Annual statistical returns and brief notes on vaccination in Bengal - 1887-1898
Year: 1887
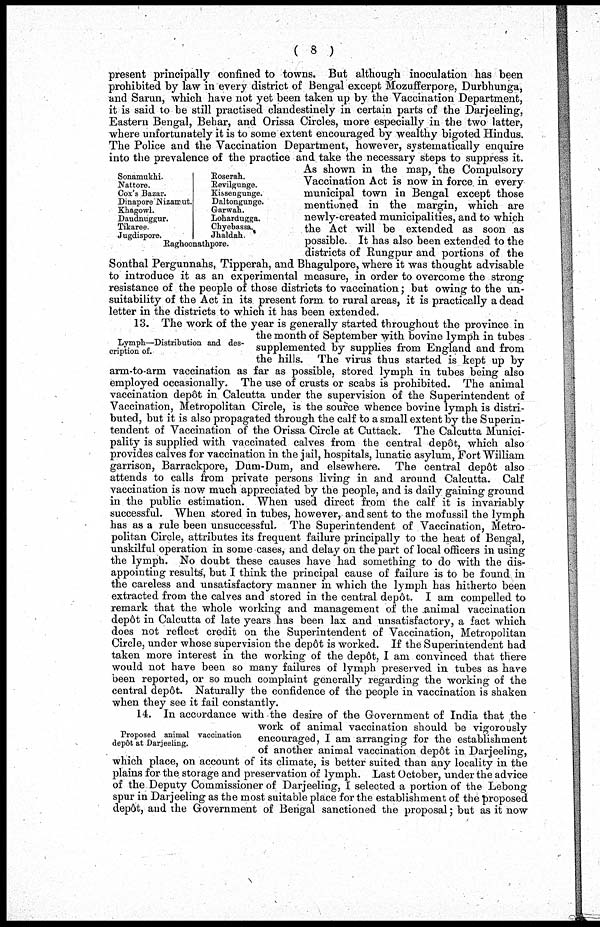
( 8 )
present principally confined to towns. But although inoculation has been
prohibited by law in every district of Bengal except Mozufferpore, Durbhunga,
and Sarun, which have not yet been taken up by the Vaccination Department,
it is said to be still practised clandestinely in certain parts of the Darjeeling,
Eastern Bengal, Behar, and Orissa Circles, more especially in the two latter,
where unfortunately it is to some extent encouraged by wealthy bigoted Hindus.
The Police and the Vaccination Department, however, systematically enquire
into the prevalence of the practice and take the necessary steps to suppress it.
As shown in the map, the Compulsory
Vaccination Act is now in force, in every
municipal town in Bengal except those
mentioned in the margin, which are
newly-created municipalities, and to which
the Act will be extended as soon as
possible. It has also been extended to the
districts of Rungpur and portions of the
Sonthal Pergunnahs, Tipperah, and Bhagulpore, where it was thought advisable
to introduce it as an experimental measure, in order to overcome the strong
resistance of the people of those districts to vaccination; but owing to the un-
suitability of the Act in its present form to rural areas, it is practically a dead
letter in the districts to which it has been extended.
Sonamukhi.
Nattore.
Cox's Bazar.
Dinapore Nizamut.
Khagowl.
Daudnuggur.
Tikaree.
Jugdispore.
Roserah.
Revilgunge.
Kissengunge.
Daltongunge.
Garwah.
Lohardugga.
Chyebassa.
Jhaldah
Raghoonathpore.
Lymph—Distribution and des-
cription of.
13. The work of the year is generally started throughout the province in
the month of September with bovine lymph in tubes
supplemented by supplies from England and from
the hills. The virus thus started is kept up by
arm-to-arm vaccination as far as possible, stored lymph in tubes being also
employed occasionally. The use of crusts or scabs is prohibited. The animal
vaccination depôt in Calcutta under the supervision of the Superintendent of
Vaccination, Metropolitan Circle, is the source whence bovine lymph is distri-
buted, but it is also propagated through the calf to a small extent by the Superin-
tendent of Vaccination of the Orissa Circle at Cuttack. The Calcutta Munici-
pality is supplied with vaccinated calves from the central depôt, which also
provides calves for vaccination in the jail, hospitals, lunatic asylum, Fort William
garrison, Barrackpore, Dum-Dum, and elsewhere. The central depôt also
attends to calls from private persons living in and around Calcutta. Calf
vaccination is now much appreciated by the people, and is daily gaining ground
in the public estimation. When used direct from the calf it is invariably
successful. When stored in tubes, however, and sent to the mofussil the lymph
has as a rule been unsuccessful. The Superintendent of Vaccination, Metro-
politan Circle, attributes its frequent failure principally to the heat of Bengal,
unskilful operation in some cases, and delay on the part of local officers in using
the lymph. No doubt these causes have had something to do with the dis-
appointing results', but I think the principal cause of failure is to be found in
the careless and unsatisfactory manner in which the lymph has hitherto been
extracted from the calves and stored in the central depôt. I am compelled to
remark that the whole working and management of the animal vaccination
depôt in Calcutta of late years has been lax and unsatisfactory, a fact which
does not reflect credit on the Superintendent of Vaccination, Metropolitan
Circle, under whose supervision the depôt is worked. If the Superintendent had
taken more interest in the working of the depôt, I am convinced that there
would not have been so many failures of lymph preserved in tubes as have
been reported, or so much complaint generally regarding the working of the
central depôt. Naturally the confidence of the people in vaccination is shaken
when they see it fail constantly.
Proposed animal vaccination
depôt at Darjeeling.
14. In accordance with the desire of the Government of India that the
work of animal vaccination should be vigorously
encouraged, I am arranging for the establishment
of another animal vaccination depôt in Darjeeling,
which place, on account of its climate, is better suited than any locality in the
plains for the storage and preservation of lymph. Last October, under the advice
of the Deputy Commissioner of Darjeeling, I selected a portion of the Lebong
spur in Darjeeling as the most suitable place for the establishment of the proposed
depôt, and the Government of Bengal sanctioned the proposal; but as it now